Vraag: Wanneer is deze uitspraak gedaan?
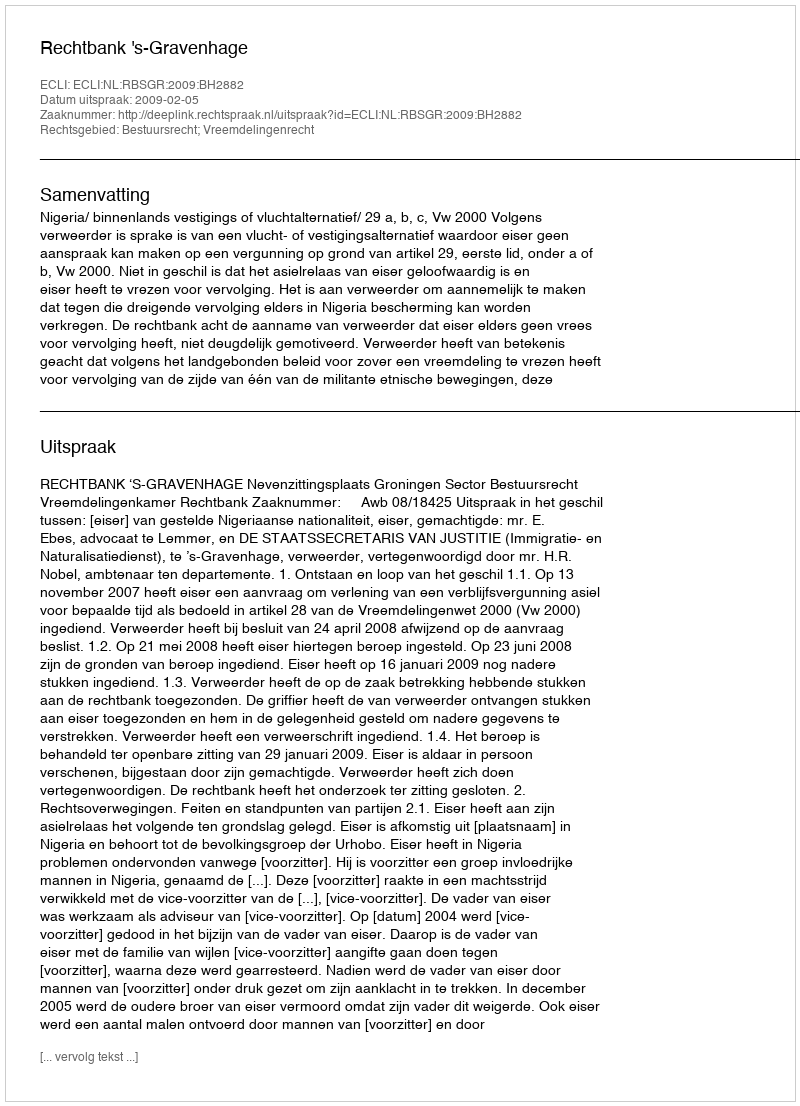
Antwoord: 2009-02-05